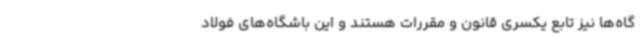
گاه‌ها نیز تابع یکسری قانون و مقررات هستند و این باشگاه‌های فولاد